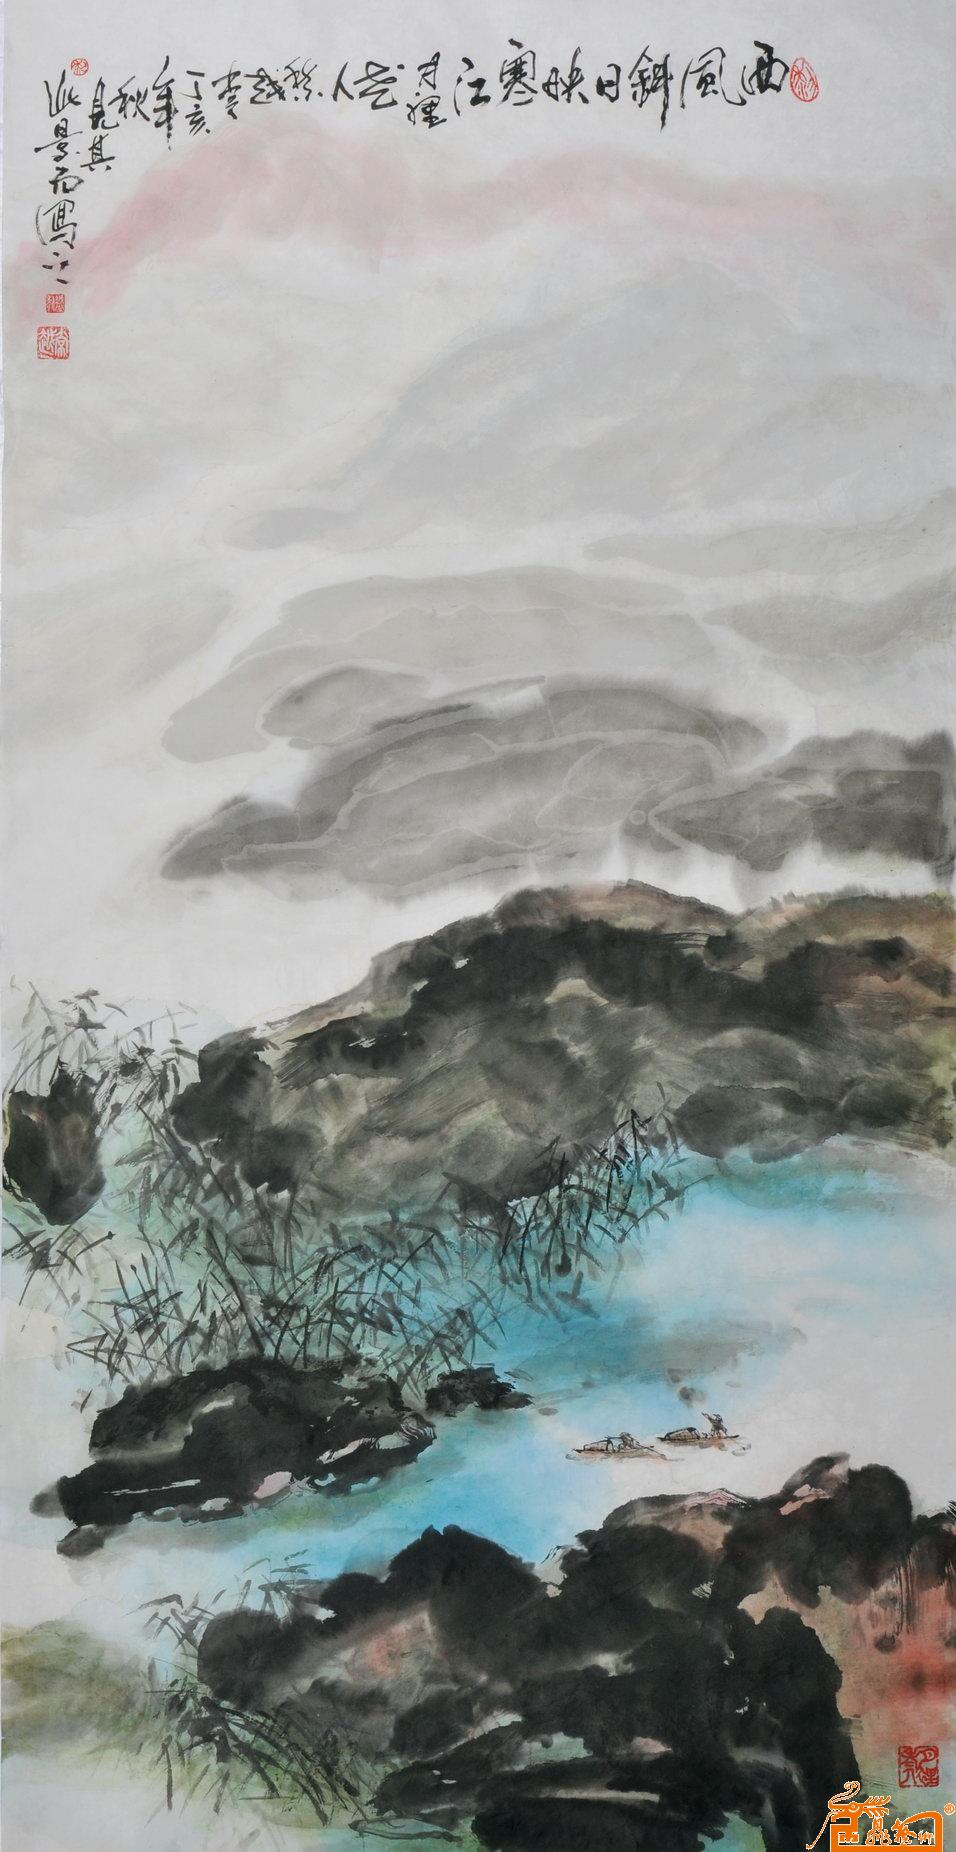
自别西风憔悴甚，冻云流水平桥。